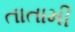
તાતામી